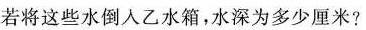
若将这些水倒入乙水箱，水深为多少厘米？